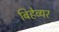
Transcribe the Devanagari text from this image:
बिहेव्यर